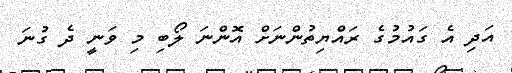
އަދި އެ ގައުމުގެ ރައްޔިތުންނަށް އޮންނަ ލޯބި މި ވަނީ ދެ ގުނަ